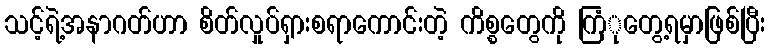
သင့်ရဲ့အနာဂတ်ဟာ စိတ်လှုပ်ရှားစရာကောင်းတဲ့ ကိစ္စတွေကို ကြံုတွေ့ရမှာဖြစ်ပြီး